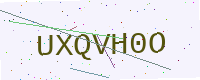
Text: UXQVH0O